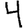
Digit: 4